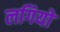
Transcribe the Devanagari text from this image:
लगियो